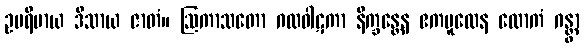
ဥပရိမာယ ဒိသာယ ဇာတံ။ ဩကာသတော ဂလဝါဋကာ နိက္ခန္တေန ဧကမူလေန ထောကံ ဂန္တွာ